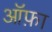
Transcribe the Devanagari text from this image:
ऑफ़ा